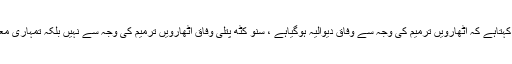
انہوں نے کہا کہ وہ میرے گھوٹکی میں آکر کہتاہے کہ اٹھارویں ترمیم کی وجہ سے وفاق دیوالیہ ہوگیاہے ، سنو کٹھ پتلی وفاق اٹھارویں ترمیم کی وجہ سے نہیں بلکہ تمہاری معاشی پالیسیوں کی وجہ سے دیوالیہ ہورہاہے ۔